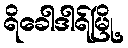
ရိခေါဒါရ်မြို့